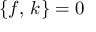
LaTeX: \{ f , \, k \} = 0